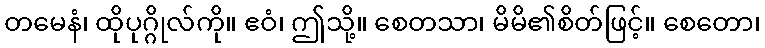
တမေနံ၊ ထိုပုဂ္ဂိုလ်ကို။ ဧဝံ၊ ဤသို့။ စေတသာ၊ မိမိ၏စိတ်ဖြင့်။ စေတော၊